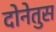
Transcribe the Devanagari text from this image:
दोनेतुस